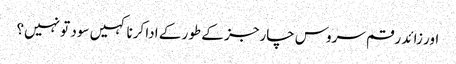
اور زائد رقم سروس چارجز کے طور کے ادا کرنا کہیں سود تو نہیں؟